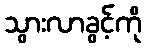
သွားလာခွင့်ကို